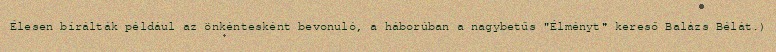
Élesen bírálták például az önkéntesként bevonuló, a háborúban a nagybetűs "Élményt" kereső Balázs Bélát.)